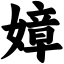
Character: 嫜